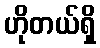
ဟိုတယ်ရှိ